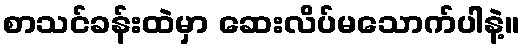
စာသင်ခန်းထဲမှာ ဆေးလိပ်မသောက်ပါနဲ့။